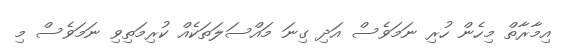
އިމާރާތް މިހެން ހުރި ނަމަވެސް އަދި ގިނަ މައްސަލަތަކެއް ކުރިމަތިވި ނަމަވެސް މި